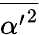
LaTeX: \overline{{{\alpha^{\prime}}^{2}}}